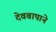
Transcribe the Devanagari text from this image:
देवबापाने